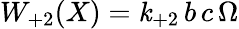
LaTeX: W_{+2}(X)=\mathit{k}_{+2}\, b\, c\, \Omega